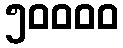
၅၀၀၀၀